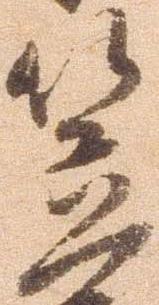
笠